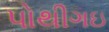
પોથીગઇ